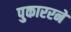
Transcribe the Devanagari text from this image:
पुकाररने